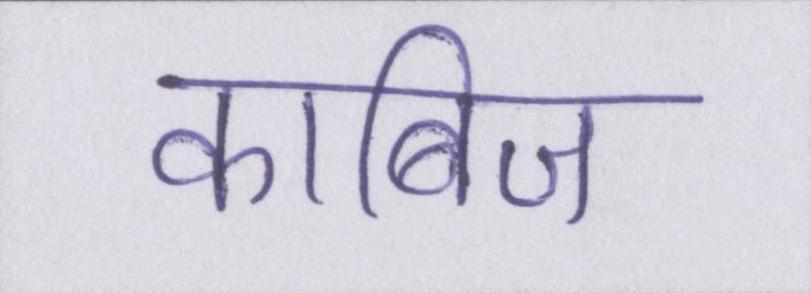
काबिज